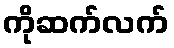
ကိုဆက်လက်